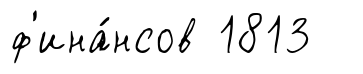
ф'ина́нсов 1813